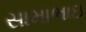
સામાભાઇ